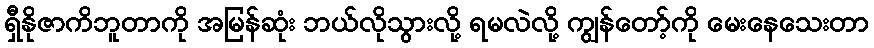
ရှီနိုဇာကိဘူတာကို အမြန်ဆုံး ဘယ်လိုသွားလို့ ရမလဲလို့ ကျွန်တော့်ကို မေးနေသေးတာ